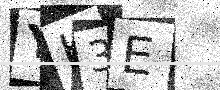
Text: YH3E